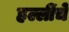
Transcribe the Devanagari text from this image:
हल्लींचे